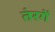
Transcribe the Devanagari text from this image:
तंरगें